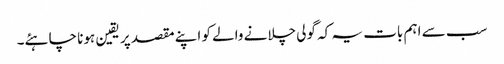
سب سے اہم بات یہ کہ گولی چلانے والے کو اپنے مقصد پر یقین ہونا چاہئے۔